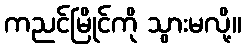
ကညင်မြိုင်ကို သွားမလို့။